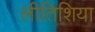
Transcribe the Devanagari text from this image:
लीतिशिया